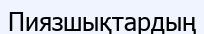
Пиязшықтардың